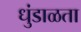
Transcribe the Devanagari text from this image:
धुंडाळता